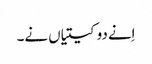
اِنے دو کیتیاں نے۔